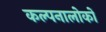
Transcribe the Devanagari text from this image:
कल्पनालोकों